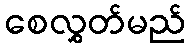
စေလွှတ်မည်